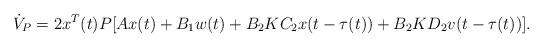
LaTeX: \begin{align*}\dot V_P=2x^T(t)P[Ax(t)+B_1w(t)+B_2KC_2x(t-\tau(t))+B_2KD_2v(t-\tau(t))].\end{align*}